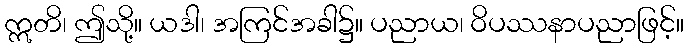
ဣတိ၊ ဤသို့။ ယဒါ၊ အကြင်အခါ၌။ ပညာယ၊ ဝိပဿနာပညာဖြင့်။